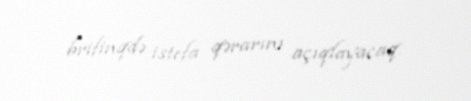
brifinqdə istefa qərarını açıqlayacaq.